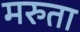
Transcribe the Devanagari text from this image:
मरुता